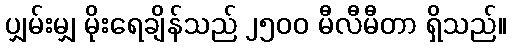
ပျှမ်းမျှ မိုးရေချိန်သည် ၂၅၀၀ မီလီမီတာ ရှိသည်။